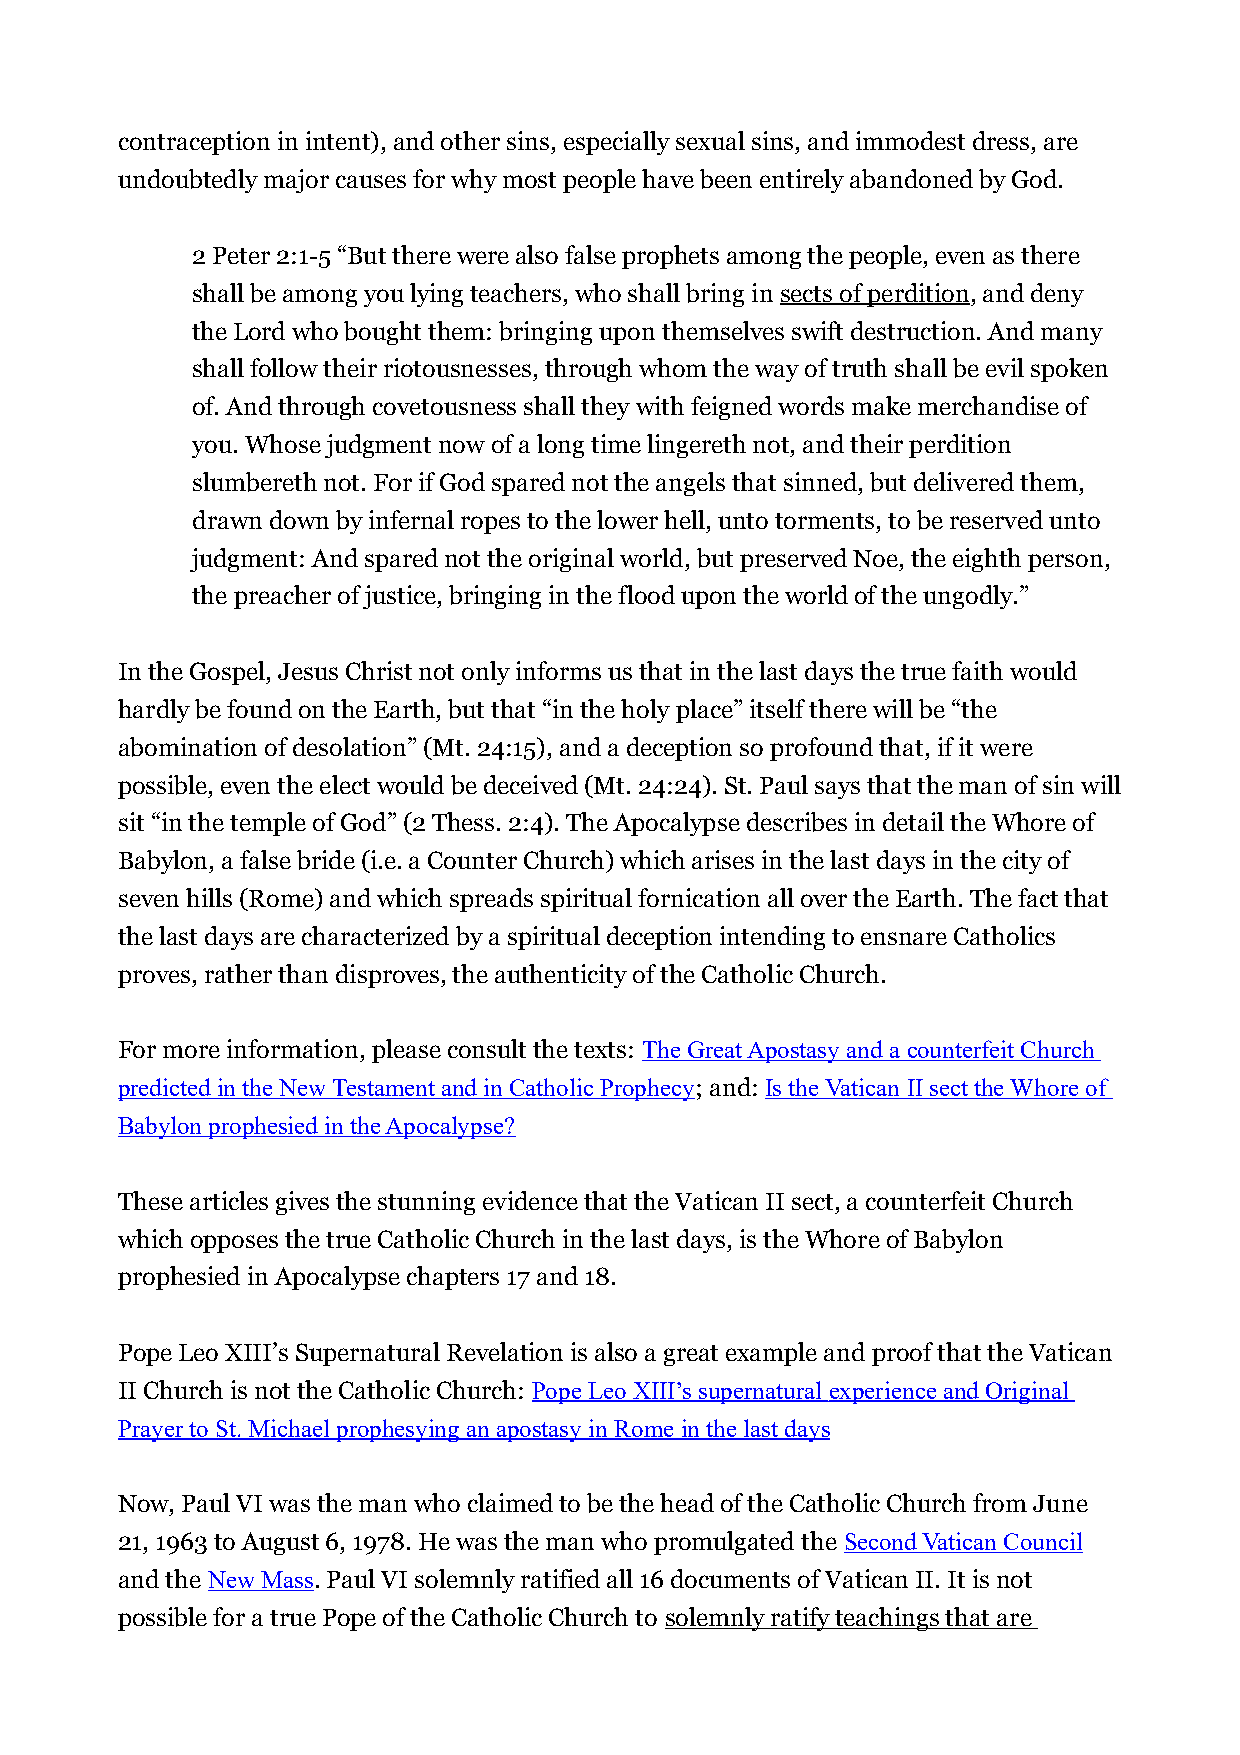
contraception in intent), and other sins, especially sexual sins, and immodest dress, are
 undoubtedly major causes for why most people have been entirely abandoned by God.
 2 Peter 2:1-5 “But there were also false prophets among the people, even as there
 shall be among you lying teachers, who shall bring in sects of perdition, and deny
 the Lord who bought them: bringing upon themselves swift destruction. And many
 shall follow their riotousnesses, through whom the way of truth shall be evil spoken
 of. And through covetousness shall they with feigned words make merchandise of
 you. Whose judgment now of a long time lingereth not, and their perdition
 slumbereth not. For if God spared not the angels that sinned, but delivered them,
 drawn down by infernal ropes to the lower hell, unto torments, to be reserved unto
 judgment: And spared not the original world, but preserved Noe, the eighth person,
 the preacher of justice, bringing in the flood upon the world of the ungodly.”
 In the Gospel, Jesus Christ not only informs us that in the last days the true faith would
 hardly be found on the Earth, but that “in the holy place” itself there will be “the
 abomination of desolation” (Mt. 24:15), and a deception so profound that, if it were
 possible, even the elect would be deceived (Mt. 24:24). St. Paul says that the man of sin will
 sit “in the temple of God” (2 Thess. 2:4). The Apocalypse describes in detail the Whore of
 Babylon, a false bride (i.e. a Counter Church) which arises in the last days in the city of
 seven hills (Rome) and which spreads spiritual fornication all over the Earth. The fact that
 the last days are characterized by a spiritual deception intending to ensnare Catholics
 proves, rather than disproves, the authenticity of the Catholic Church.
 For more information, please consult the texts: The Great Apostasy and a counterfeit Church
 predicted in the New Testament and in Catholic Prophecy; and: Is the Vatican II sect the Whore of
 Babylon prophesied in the Apocalypse?
 These articles gives the stunning evidence that the Vatican II sect, a counterfeit Church
 which opposes the true Catholic Church in the last days, is the Whore of Babylon
 prophesied in Apocalypse chapters 17 and 18.
 Pope Leo XIII’s Supernatural Revelation is also a great example and proof that the Vatican
 II Church is not the Catholic Church: Pope Leo XIII’s supernatural experience and Original
 Prayer to St. Michael prophesying an apostasy in Rome in the last days
 Now, Paul VI was the man who claimed to be the head of the Catholic Church from June
 21, 1963 to August 6, 1978. He was the man who promulgated the Second Vatican Council
 and the New Mass. Paul VI solemnly ratified all 16 documents of Vatican II. It is not
 possible for a true Pope of the Catholic Church to solemnly ratify teachings that are